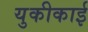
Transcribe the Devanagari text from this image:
युकीकाई